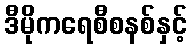
ဒီမိုကရေစီစနစ်နှင့်